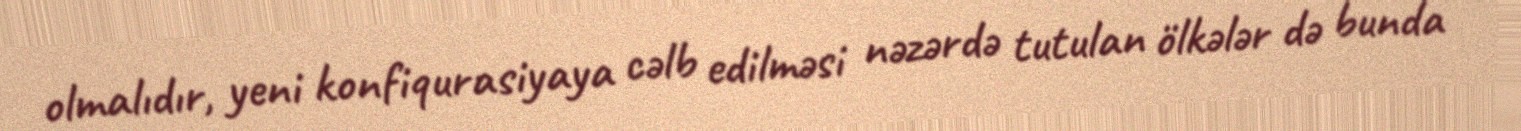
olmalıdır, yeni konfiqurasiyaya cəlb edilməsi nəzərdə tutulan ölkələr də bunda